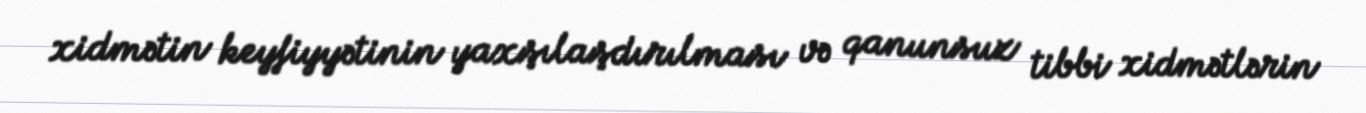
xidmətin keyfiyyətinin yaxşılaşdırılması və qanunsuz tibbi xidmətlərin